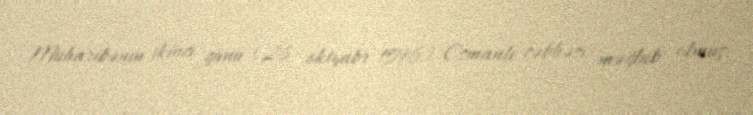
Müharibənin ikinci günü (26 oktyabr 1596) Osmanlı cəbhəsi məğlub olmuş,